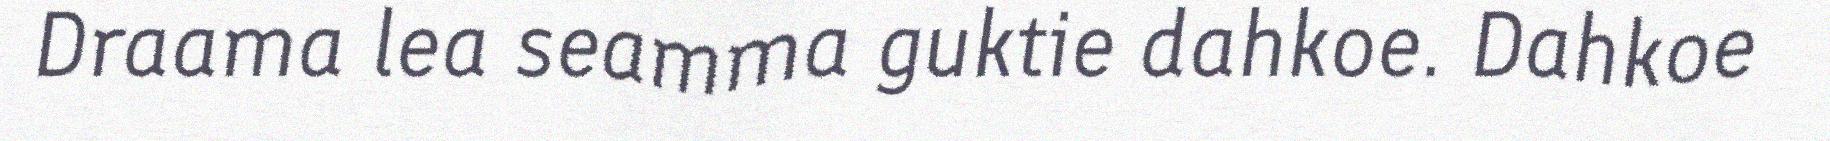
Draama lea seamma guktie dahkoe. Dahkoe